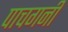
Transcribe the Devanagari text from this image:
पाचगनी